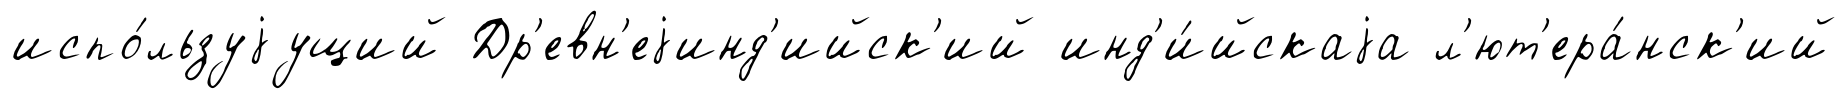
испо́льзуjущий Др'евн'еjинд'ийск'ий инд'и́йскаjа л'ют'ера́нск'ий